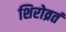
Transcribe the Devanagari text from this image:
शिरोव्रतं